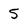
Character: 5